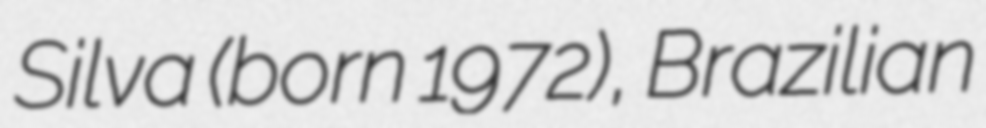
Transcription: Silva (born 1972), Brazilian